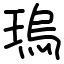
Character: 瑦